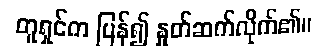
တူရှင်က ပြန်၍ နှုတ်ဆက်လိုက်၏။